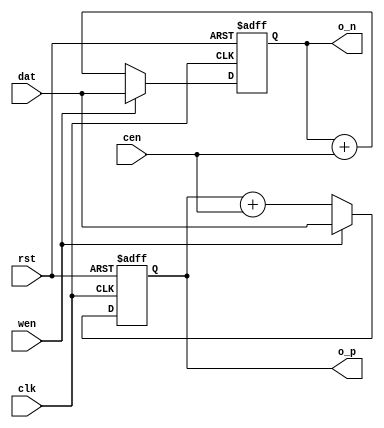
// http://rattus-pubis.blogspot.com/2011/02/experimenting-with-verilator-counter.html
// 
// 20 February, 2011
// 
// Experimenting with Verilator (counter)
// 
/* commments
// Verilator is a open source Verilog HDL simulator. It is very fast
// since it translates Verilog code into optimized C++. But it as also
// quiet different from other Verilog simulators like Icarus Verilog and
// commercial ones, it only supports synthesizable RTL language
// constructs.
// 
// This are my first successful Verilator experiments. I was looking for
// a counter example, but was not able to find one, so I decided to write
// one myself and publish it. The instructions are for Ubuntu.
// 
// First write a verilog RTL counter. This example has two registers, one
// running at clock posedge, the other on negedge. I just wished to check
// if using both clock edges still qualifies as synthesizable RTL.
*/

module counter #(
  parameter WIDTH = 8
)(
  // system signals
  input  wire             clk,
  input  wire             rst,
  // counter signas
  input  wire             cen,  // counter enable
  input  wire             wen,  // write enable
  input  wire [WIDTH-1:0] dat,  // input data
  output reg  [WIDTH-1:0] o_p,  // output value (posedge counter)
  output reg  [WIDTH-1:0] o_n   // output value (negedge counter)
);


always @ (posedge clk, posedge rst)
if (rst) o_p <= {WIDTH{1'b0}};
else     o_p <= wen ? dat : o_p + {{WIDTH-1{1'b0}}, cen};


always @ (negedge clk, posedge rst)
if (rst) o_n <= {WIDTH{1'b0}};
else     o_n <= wen ? dat : o_n + {{WIDTH-1{1'b0}}, cen};


endmodule